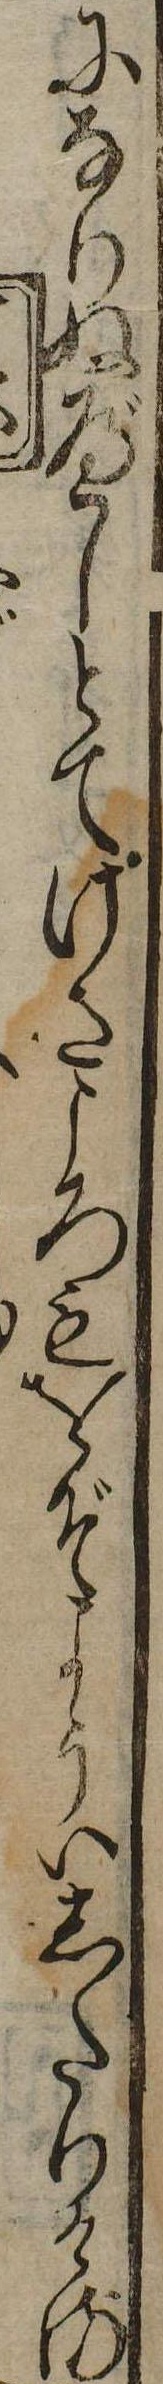
になりぬべしとてけさころもをぞよういしたりける